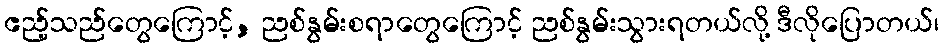
ဧည့်သည်တွေကြောင့်, ညစ်နွမ်းစရာတွေကြောင့် ညစ်နွမ်းသွားရတယ်လို့ ဒီလိုပြောတယ်၊